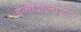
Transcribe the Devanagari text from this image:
इनीशलाइज़